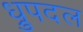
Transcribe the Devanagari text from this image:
ध्रुपदल